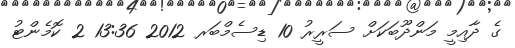
ގެ ދާއިމީ މަންދޫބަކަށް ސަރީރު 10 ޑިސެމްބަރ 2012 13:36 2 ކޮމެންޓު